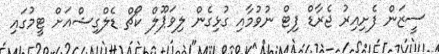
ސީޒަން ފެށިއިރު ޖެރާޑް ފިޓް ނުވުމާއި ގުޅިގެން ލިވަޕޫލް ކޯޗް ޑެލްގިޝްއަށް ޓީމުގައި